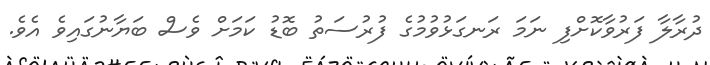
ދުރާލާ ފަރުވާކޮށްފި ނަމަ ރަނގަޅުވުމުގެ ފުރުސަތު ބޮޑު ކަމަށް ވެސް ބަޔާނުގައިވެ އެވެ.